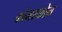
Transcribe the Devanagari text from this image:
कोमरकोन